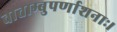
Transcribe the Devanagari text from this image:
वाताम्बुपर्णाशनाः।